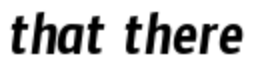
that there